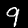
Digit: 9